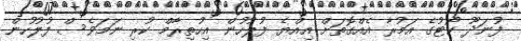
ފުނަދޫ ކޯޓުގެ އަމުރާ އެއްގޮތަށް އިއްޔެ ފުލުހުން އިހުތިރާމް ކުރި ނަމަވެސް ފުލުހުން